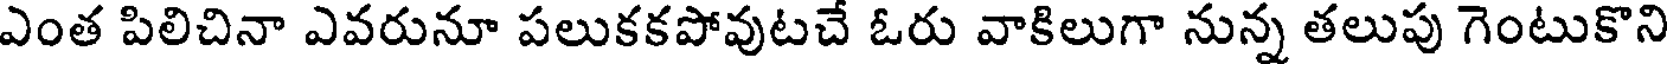
ఎంత పిలిచినా ఎవరునూ పలుకకపోవుటచే ఓరు వాకిలుగా నున్న తలుపు గెంటుకొని